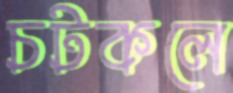
চটকলে